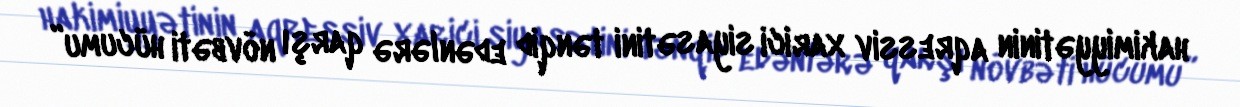
hakimiyyətinin aqressiv xarici siyasətini tənqid edənlərə qarşı növbəti hücumu”